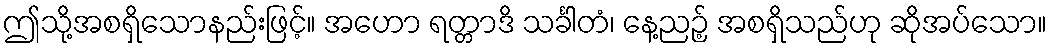
ဤသို့အစရှိသောနည်းဖြင့်။ အဟော ရတ္တာဒိ သင်္ခါတံ၊ နေ့ညဉ့် အစရှိသည်ဟု ဆိုအပ်သော။